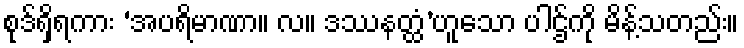
စုဒ်ရှိရကား ‘အပရိမာဏာ။ လ။ ဒဿနတ္ထံ’ဟူသော ပါဌ်ကို မိန့်သတည်း။